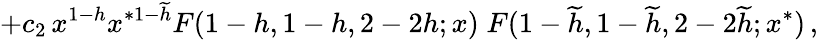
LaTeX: +c_{2}\, x^{1-h}x^{*1-\widetilde{h}}F(1-h,1-h,2-2h;x)\; F(1-\widetilde{h},1-\widetilde{h},2-2\widetilde{h};x^{*})\, ,